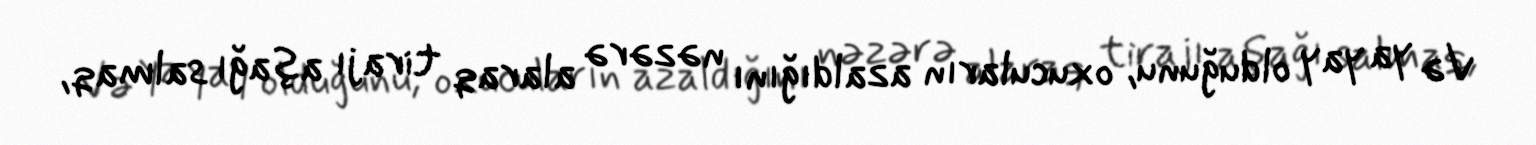
Və ya yay olduğunu, oxucuların azaldığını nəzərə alaraq tirajı aşağı salmaq,